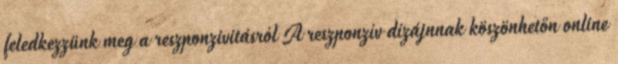
feledkezzünk meg a reszponzivitásról A reszponzív dízájnnak köszönhetőn online